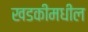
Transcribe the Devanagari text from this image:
खडकीमधील